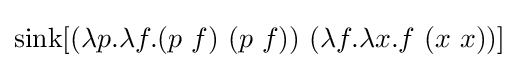
\operatorname {sink} [(\lambda p.\lambda f.(p\ f)\ (p\ f))\ (\lambda f.\lambda x.f\ (x\ x))]